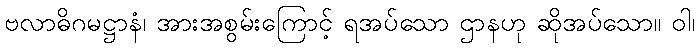
ဗလာဓိဂမဋ္ဌာနံ၊ အားအစွမ်းကြောင့် ရအပ်သော ဌာနဟု ဆိုအပ်သော။ ဝါ၊